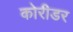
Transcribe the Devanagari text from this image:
कोरीडर